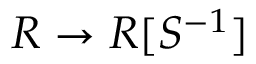
R \to R [ S ^ { - 1 } ]